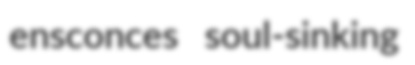
ensconces soul-sinking